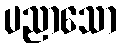
ပညာသော